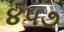
૪૫૭